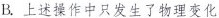
B.上述操作中只发生了物理变化